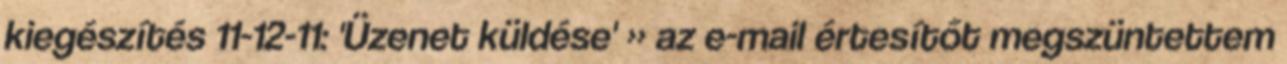
kiegészítés 11-12-11: 'Üzenet küldése' » az e-mail értesítőt megszüntettem